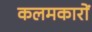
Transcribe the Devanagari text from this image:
कलमकारों